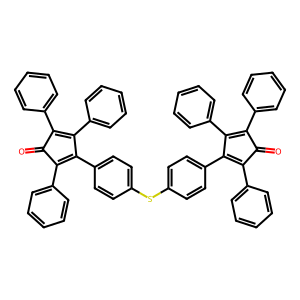
SMILES: O=C1C(c2ccccc2)=C(c2ccccc2)C(c2ccc(Sc3ccc(C4=C(c5ccccc5)C(=O)C(c5ccccc5)=C4c4ccccc4)cc3)cc2)=C1c1ccccc1
Inhibits HIV replication: No